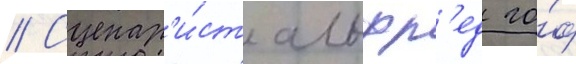
// Сценар'и́ст альфр'ед го́ф